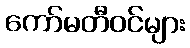
ကော်မတီဝင်များ